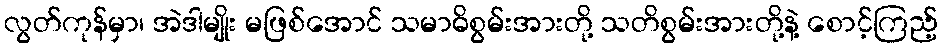
လွတ်ကုန်မှာ၊ အဲဒါမျိုး မဖြစ်အောင် သမာဓိစွမ်းအားတို့ သတိစွမ်းအားတို့နဲ့ စောင့်ကြည့်